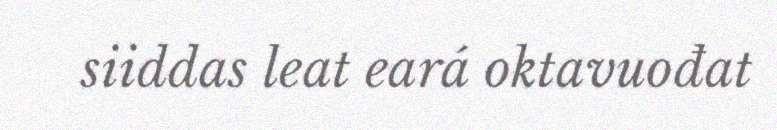
siiddas leat eará oktavuođat